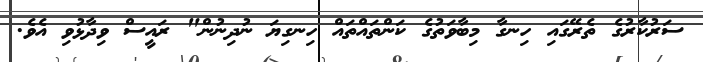
ސަރުކާރުގެ ތެރޭގައި ހިނގާ މިބާވަތުގެ ކަންތައްތައް ހިނގިޔަ ނުދިނުން" ރައީސް ވިދާޅުވި އެވެ.